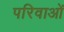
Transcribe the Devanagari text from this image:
परिवाओं